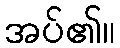
အပ်၏။